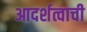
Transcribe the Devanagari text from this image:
आदर्शत्वाची